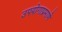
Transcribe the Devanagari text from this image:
उपयोगाप्रमाणे